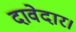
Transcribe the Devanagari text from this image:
दावेदार।